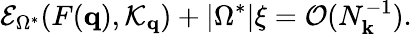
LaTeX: \mathcal{E}_{\Omega^{*}}(F(\mathbf{q}),\mathcal{K}_{\mathbf{q}})+|\Omega^{*}|\xi=\mathcal{O}(N_{\mathbf{k}}^{-1}).